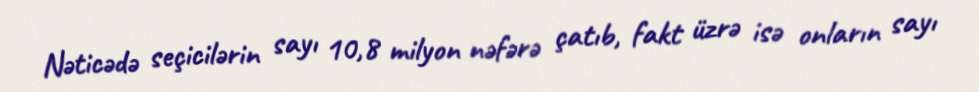
Nəticədə seçicilərin sayı 10,8 milyon nəfərə çatıb, fakt üzrə isə onların sayı